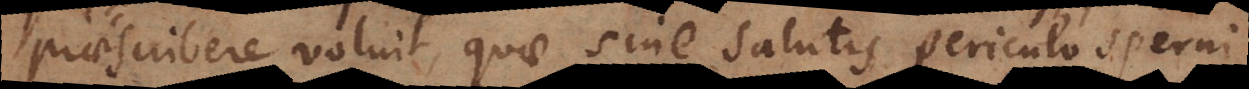
praescribere voluit, quae sine salutis periculo sperni